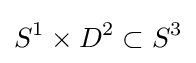
S^{1}\times D^{2}\subset S^{3}